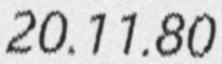
20.11.80